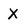
Character: X